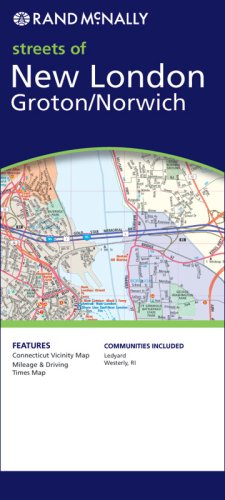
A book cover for Rand McNally streets of New London/Groton/Norwich; Rand Mcnally; Travel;